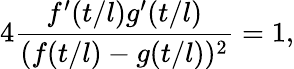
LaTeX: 4\frac{f^{\prime}(t/l)g^{\prime}(t/l)}{(f(t/l)-g(t/l))^{2}}=1,